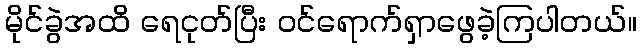
မိုင်ခွဲအထိ ရေငုတ်ပြီး ဝင်ရောက်ရှာဖွေခဲ့ကြပါတယ်။